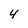
Character: 4